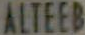
ALTEEB